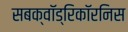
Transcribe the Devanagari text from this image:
सबक्वॉड्रिकॉरनिस